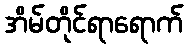
အိမ်တိုင်ရာရောက်